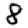
Digit: 8